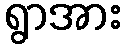
ရွာအား